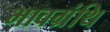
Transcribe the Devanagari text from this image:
भावग्रंथि